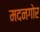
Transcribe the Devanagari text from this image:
मदनगोर